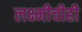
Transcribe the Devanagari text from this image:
लक्ष्मीचीही